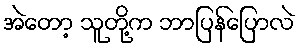
အဲတော့ သူတို့က ဘာပြန်ပြောလဲ